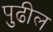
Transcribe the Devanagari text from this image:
पुुढील